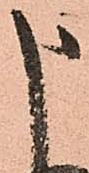
申